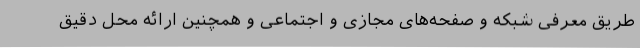
طریق معرفی شبکه و صفحه‌های مجازی و اجتماعی و همچنین ارائه محل دقیق